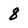
Character: 8